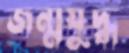
জন্মযুদ্ধ